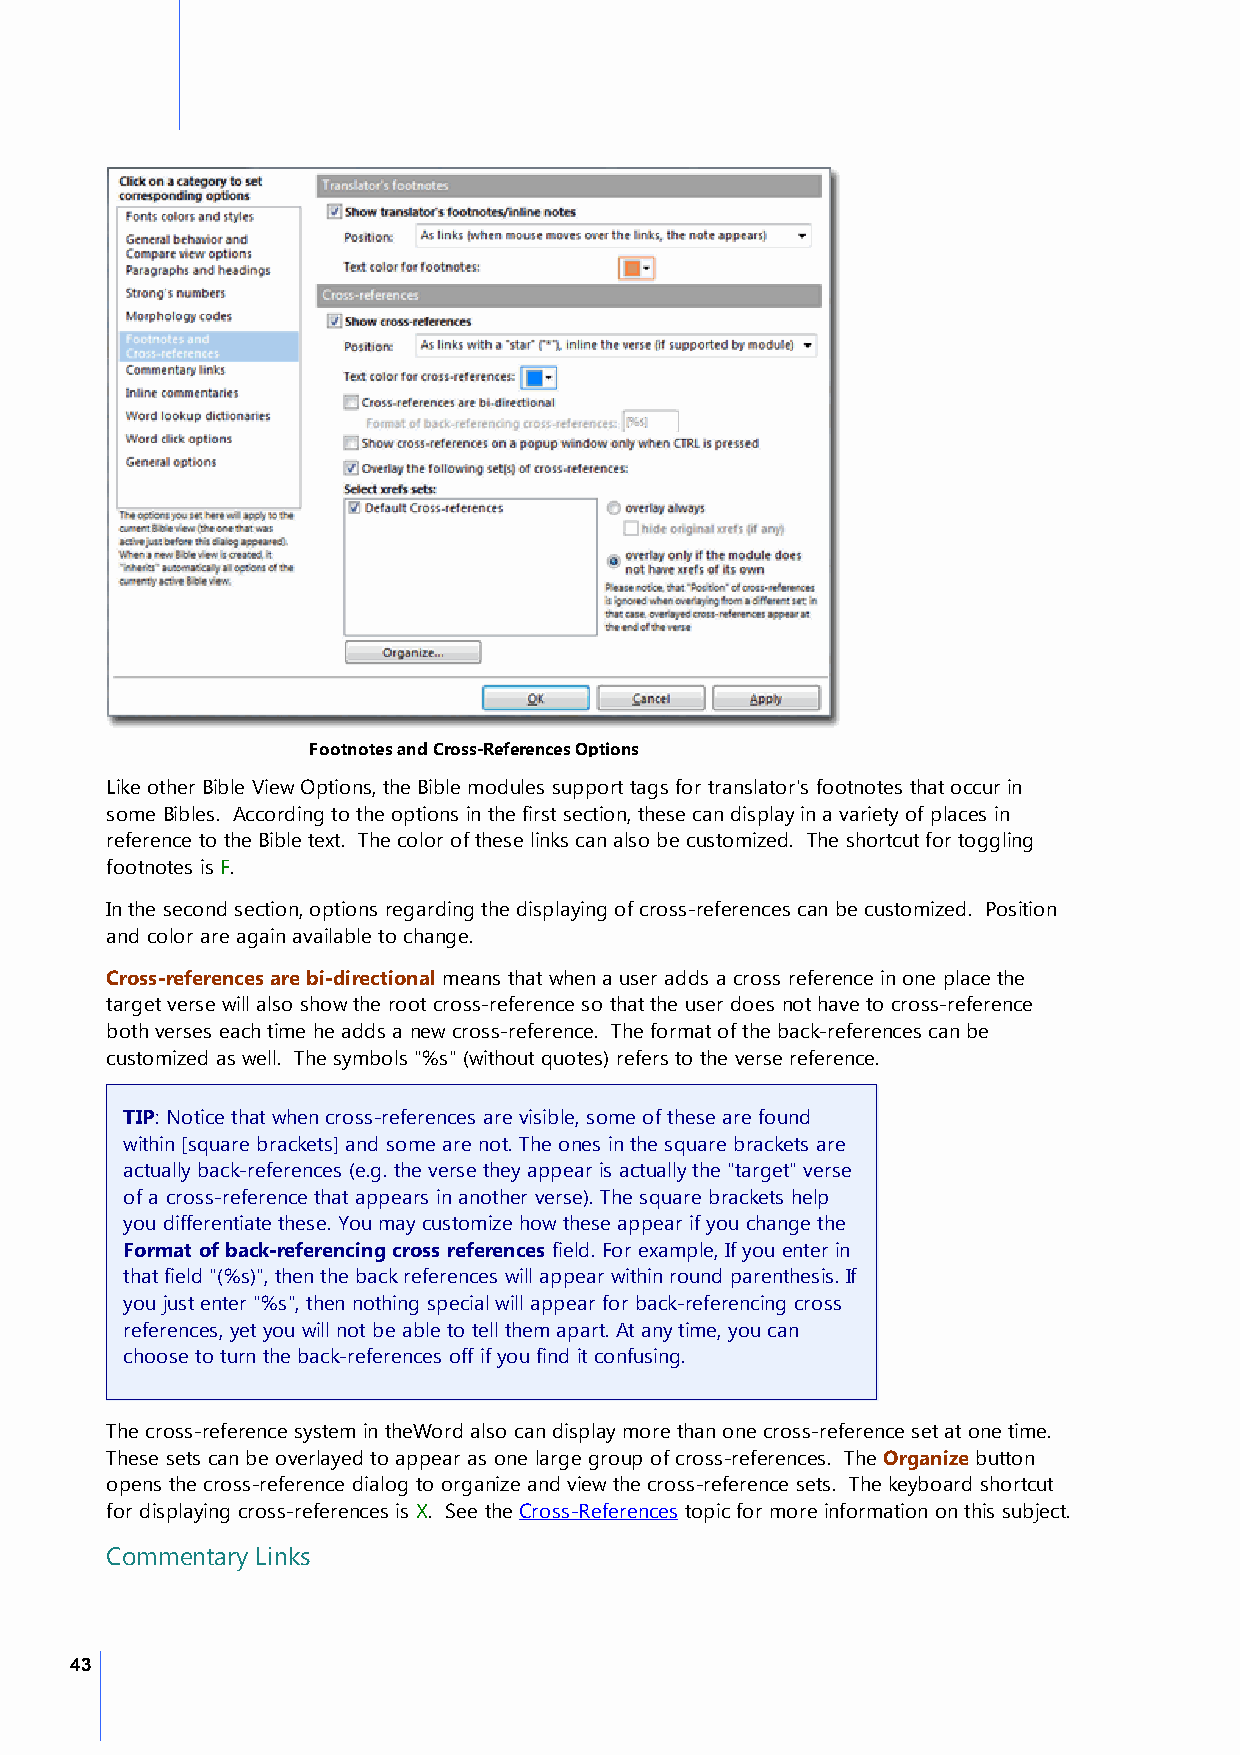
Footnotes and Cross-References Options
 Like other Bible View Options, the Bible modules support tags for translator's footnotes that occur in
 some Bibles. According to the options in the first section, these can display in a variety of places in
 reference to the Bible text. The color of these links can also be customized. The shortcut for toggling
 footnotes is F.
 In the second section, options regarding the displaying of cross-references can be customized. Position
 and color are again available to change.
 Cross-references are bi-directional means that when a user adds a cross reference in one place the
 target verse will also show the root cross-reference so that the user does not have to cross-reference
 both verses each time he adds a new cross-reference. The format of the back-references can be
 customized as well. The symbols "%s" (without quotes) refers to the verse reference.
 TIP: Notice that when cross-references are visible, some of these are found
 within [square brackets] and some are not. The ones in the square brackets are
 actually back-references (e.g. the verse they appear is actually the "target" verse
 of a cross-reference that appears in another verse). The square brackets help
 you differentiate these. You may customize how these appear if you change the
 Format of back-referencing cross references field. For example, If you enter in
 that field "(%s)", then the back references will appear within round parenthesis. If
 you just enter "%s", then nothing special will appear for back-referencing cross
 references, yet you will not be able to tell them apart. At any time, you can
 choose to turn the back-references off if you find it confusing.
 The cross-reference system in theWord also can display more than one cross-reference set at one time.
 These sets can be overlayed to appear as one large group of cross-references. The Organize button
 opens the cross-reference dialog to organize and view the cross-reference sets. The keyboard shortcut
 for displaying cross-references is X. See the Cross-References topic for more information on this subject.
 Commentary Links
 43